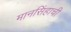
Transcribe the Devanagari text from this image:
मानसिंहाची